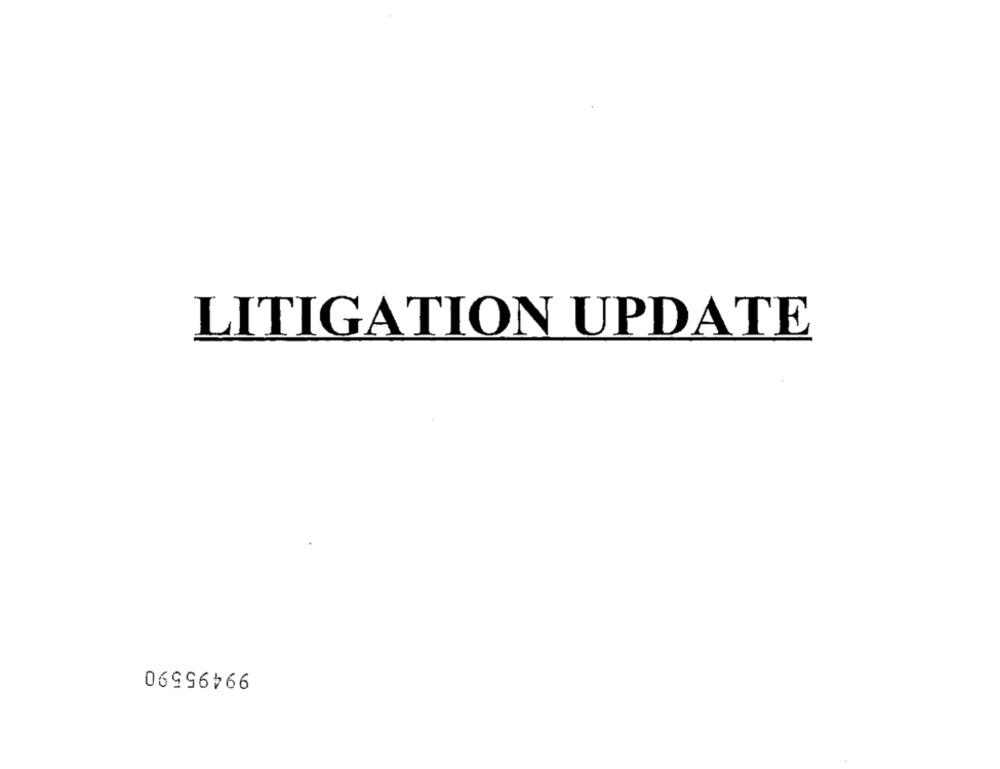
LITIGATION UPDATE
99495590